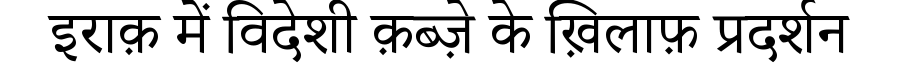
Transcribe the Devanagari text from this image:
इराक़ में विदेशी क़ब्ज़े के ख़िलाफ़ प्रदर्शन